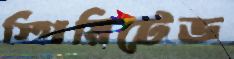
স্পিরিটেড